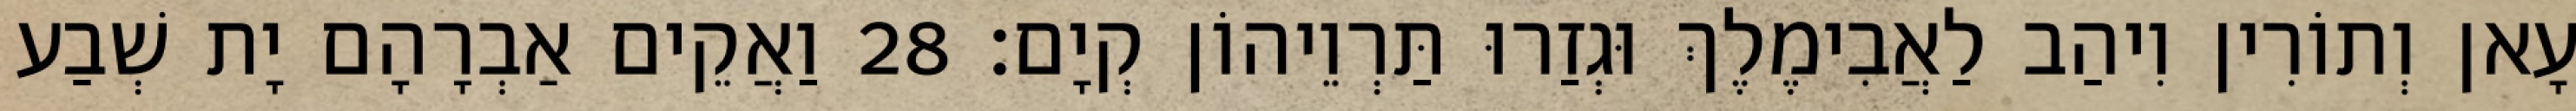
עָאן וְתוֹרִין וִיהַב לַאֲבִימֶלֶךְ וּגְזַרוּ תַּרְוֵיהוֹן קְיָם׃ 28 וַאֲקֵים אַבְרָהָם יָת שְׁבַע